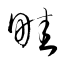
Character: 畦